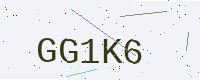
Text: GG1K6